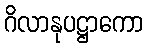
ဂိလာနုပဋ္ဌာကော